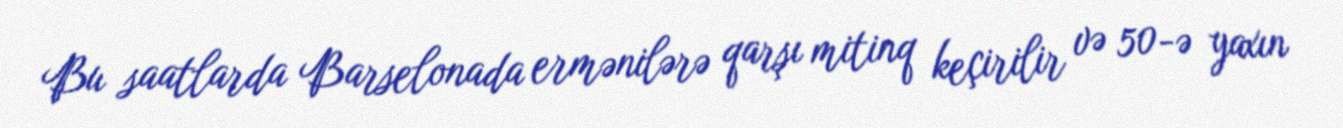
Bu saatlarda Barselonada ermənilərə qarşı mitinq keçirilir və 50-ə yaxın